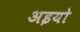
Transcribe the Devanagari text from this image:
अइयो